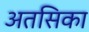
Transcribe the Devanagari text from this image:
अतसिका